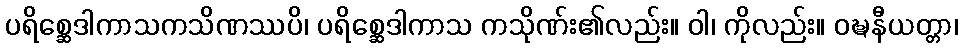
ပရိစ္ဆေဒါကာသကသိဏဿပိ၊ ပရိစ္ဆေဒါကာသ ကသိုဏ်း၏လည်း။ ဝါ၊ ကိုလည်း။ ဝဍ္ဎနီယတ္တာ၊